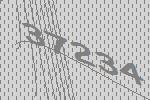
37234